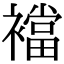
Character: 襠